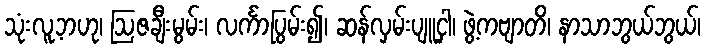
သုံးလူ့ဘဟု၊ ဩဇချီးမွမ်း၊ လင်္ကာပြွမ်း၍၊ ဆန်လှမ်းပျူငှါ၊ ဖွဲ့ကဗျာတိ၊ နာသာဘွယ်ဘွယ်၊